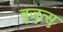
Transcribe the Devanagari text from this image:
बुजुत्सु